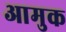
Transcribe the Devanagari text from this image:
आमुक